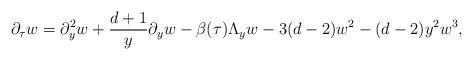
LaTeX: \begin{align*} \partial_\tau w = \partial_y^2 w + \frac{d+1}{y} \partial_y w - \beta(\tau) \Lambda_y w - 3(d-2) w^2 - (d-2) y^2 w^3,\end{align*}